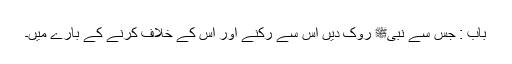
باب : جس سے نبیﷺ روک دیں اس سے رکنے اور اس کے خلاف کرنے کے بارے میں۔